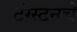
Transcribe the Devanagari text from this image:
टंग्स्टनचे